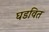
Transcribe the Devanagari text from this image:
घडवित